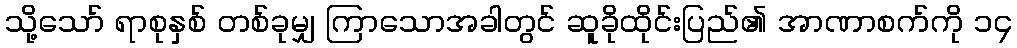
သို့သော် ရာစုနှစ် တစ်ခုမျှ ကြာသောအခါတွင် ဆူခိုထိုင်းပြည်၏ အာဏာစက်ကို ၁၄